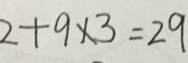
2 + 9 \times 3 = 2 9